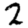
Digit: 2